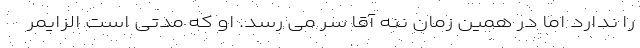
را ندارد اما در همین زمان ننه آقا سر می رسد. او که مدتی است الزایمر